Indian journal of veterinary science and animal husbandry - Volumes 18-21, 1948-1951
Year: 1948
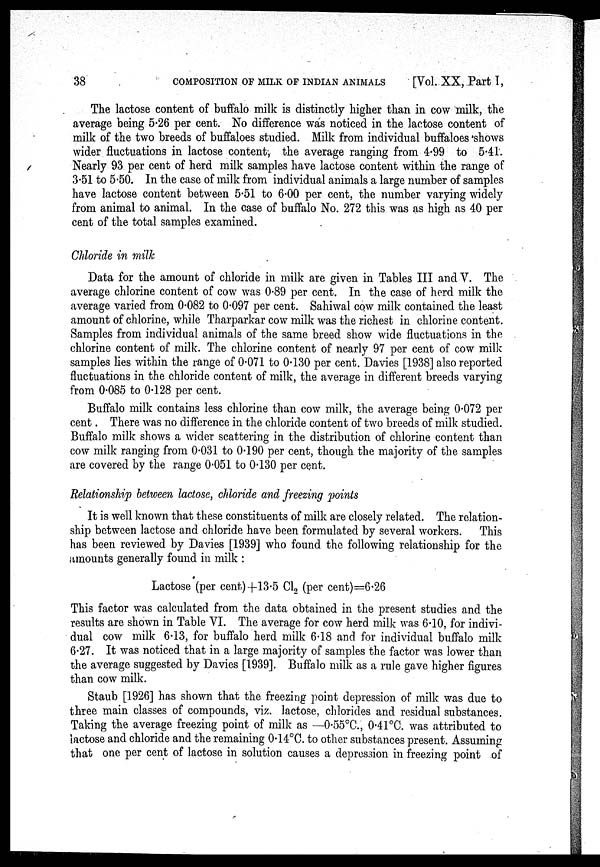
38
COMPOSITION OF MILK OF INDIAN ANIMALS
[Vol. XX, Part I,
The lactose content of buffalo milk is distinctly higher than in cow milk, the
average being 5.26 per cent. No difference was noticed in the lactose content of
milk of the two breeds of buffaloes studied. Milk from individual buffaloes shows
wider fluctuations in lactose content, the average ranging from 4.99 to 5.41.
Nearly 93 per cent of herd milk samples have lactose content within the range of
3.51 to 5.50. In the case of milk from individual animals a large number of samples
have lactose content between 5.51 to 6.00 per cent, the number varying widely
from animal to animal. In the case of buffalo No. 272 this was as high as 40 per
cent of the total samples examined.
Chloride in milk
Data for the amount of chloride in milk are given in Tables III and V. The
average chlorine content of cow was 0.89 per cent. In the case of herd milk the
average varied from 0.082 to 0.097 per cent. Sahiwal cow milk contained the least
amount of chlorine, while Tharparkar cow milk was the richest in chlorine content.
Samples from individual animals of the same breed show wide fluctuations in the
chlorine content of milk. The chlorine content of nearly 97 per cent of cow milk
samples lies within the range of 0.071 to 0.130 per cent. Davies [1938] also reported
fluctuations in the chloride content of milk, the average in different breeds varying
from 0.085 to 0.128 per cent.
Buffalo milk contains less chlorine than cow milk, the average being 0.072 per
cent. There was no difference in the chloride content of two breeds of milk studied.
Buffalo milk shows a wider scattering in the distribution of chlorine content than
cow milk ranging from 0.031 to 0.190 per cent, though the majority of the samples
are covered by the range 0.051 to 0.130 per cent.
Relationship between lactose, chloride and freezing points
It is well known that these constituents of milk are closely related. The relation-
ship between lactose and chloride have been formulated by several workers. This
has been reviewed by Davies [1939] who found the following relationship for the
amounts generally found in milk :
Lactose (per cent) +13.5 Cl 2 (per cent)=6.26
This factor was calculated from the data obtained in the present studies and the
results are shown in Table VI. The average for cow herd milk was 6.10, for indivi-
dual cow milk 6.13, for buffalo herd milk 6.18 and for individual buffalo milk
6.27. It was noticed that in a large majority of samples the factor was lower than
the average suggested by Davies [1939]. Buffalo milk as a rule gave higher figures
than cow milk.
Staub [1926] has shown that the freezing point depression of milk was due to
three main classes of compounds, viz. lactose, chlorides and residual substances.
Taking the average freezing point of milk as —0.55°C., 0.41°C. was attributed to
lactose and chloride and the remaining 0.14°C. to other substances present. Assuming
that one per cent of lactose in solution causes a depression in freezing point of